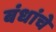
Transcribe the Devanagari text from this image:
बंधांचे